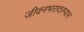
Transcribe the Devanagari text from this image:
जीवनभरादरम्यान